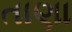
તાણા